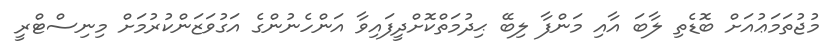
މުޖުތަމަޢުއަށް ބޮޑެތި ލާބަ އާއި މަންފާ ލިބޭ ޙިދުމަތްކޮށްދީފައިވާ އަންހެނުންގެ އަގުވަޒަންކުރުމަށް މިނިސްޓްރީ